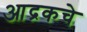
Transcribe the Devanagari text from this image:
आद्रकचे